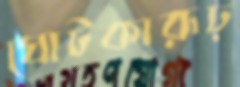
ঘোটকারূঢ়